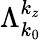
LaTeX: \Lambda_{k_{0}}^{k_{z}}